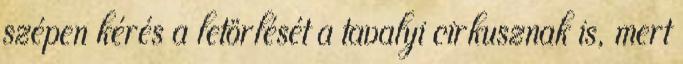
szépen kérés a letörlését a tavalyi cirkusznak is, mert